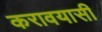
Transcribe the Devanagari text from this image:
करावयासी